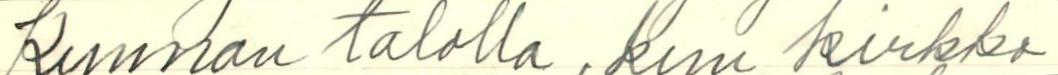
Kunnan talolla, kun kirkko